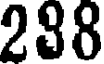
288